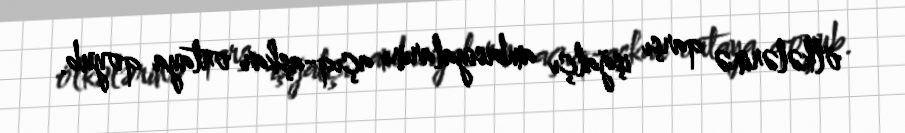
ölkələrinə qarşı işğalçı ambisiyalarını açıq-aşkar ortaya qoyub.